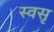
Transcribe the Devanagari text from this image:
स्वसृ